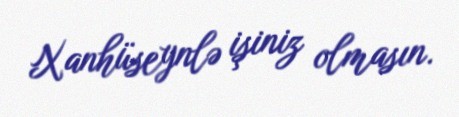
Xanhüseynlə işiniz olmasın.